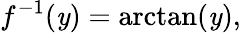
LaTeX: f^{-1}(\mathit{y})=\arctan(\mathit{y}),